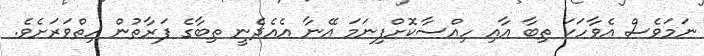
ނަމަވެސް އެވާހަކަ ތިބާ އާއި ހިއްސާކޮށްފިނަމަ އޭނާ އެއެދެނީ ތިބާގެ ފަރާތުން ހިތްވަރަށެވެ.